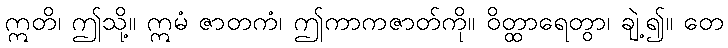
ဣတိ၊ ဤသို့။ ဣမံ ဇာတကံ၊ ဤကာကဇာတ်ကို။ ဝိတ္ထာရေတွာ၊ ချဲ့၍။ တေ